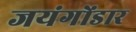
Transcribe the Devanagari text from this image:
जयंगोंडार